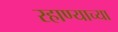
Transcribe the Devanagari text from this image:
रहाण्याच्या